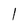
Character: 1